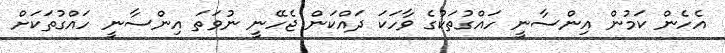
އެހެން ކަމުން އިންސާނީ ހައްގުތަކުގެ ވާހަކަ ދައްކަން ޖެހޭނީ ނުވަތަ އިންސާނީ ހައްގުތަކަށް